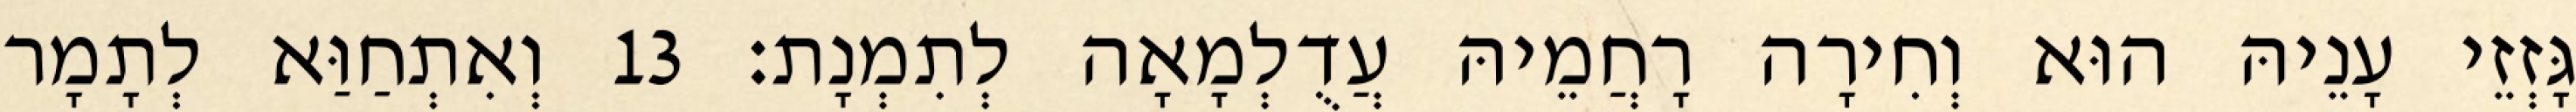
גָּזְזֵי עָנֵיהּ הוּא וְחִירָה רָחֲמֵיהּ עֲדֻלְמָאָה לְתִמְנָת׃ 13 וְאִתְחַוַּא לְתָמָר